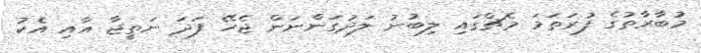
މުބާރާތުގެ ފުރަތަމަ މެޗްގައި ލިބުނު ލަދުގަންނަން ޖެހޭ ފަދަ ނަތީޖާ އާއި އެކު